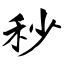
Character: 秒